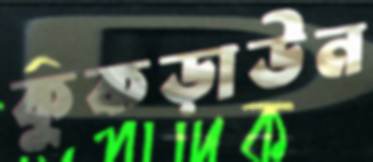
কুকড়াউন